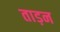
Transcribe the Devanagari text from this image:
ताड़न